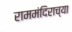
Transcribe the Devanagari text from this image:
राममंदिराच्या